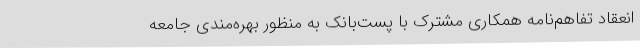
انعقاد تفاهم‌نامه همکاری مشترک با پست‌بانک به منظور بهره‌مندی جامعه